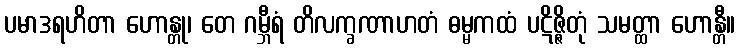
ပမာဒရဟိတာ ဟောန္တု၊ တေ ဂမ္ဘီရံ တိလက္ခဏာဟတံ ဓမ္မကထံ ပဋိဇ္ဇိတုံ သမတ္ထာ ဟောန္တီ။